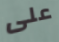
على